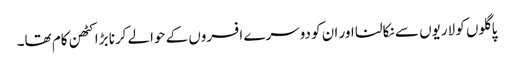
پاگلوں کو لاریوں سے نکالنا اور ان کو دوسرے افسروں کے حوالے کرنا بڑا کٹھن کام تھا۔